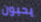
يحبون